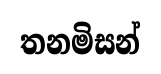
තනමිසන්